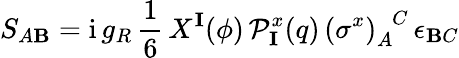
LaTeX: S_{A\mathbf{B}}=\mathrm{{i}}\, g_{R}\, \frac{{1}}{{6}}\, X^{\mathbf{{I}}}(\phi)\, \mathcal{{P}}_{\mathbf{{I}}}^{x}(q)\, \left(\sigma^{x}\right)_{A}^{\phantom{A}C}\, \epsilon_{\mathbf{B}C}